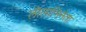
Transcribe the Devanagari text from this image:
लीलाभिनेता